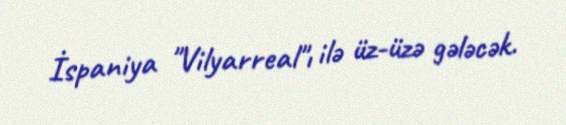
İspaniya "Vilyarreal"ı ilə üz-üzə gələcək.